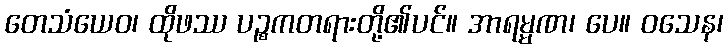
တေသံယေဝ၊ ထိုဖဿ ပဉ္စကတရားတို့၏ပင်။ အာရမ္မဏ၊ ပေ။ ဝသေန၊